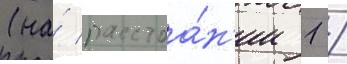
(на́ расстоа́н'ии 1 /